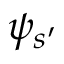
\psi _ { s ^ { \prime } }